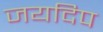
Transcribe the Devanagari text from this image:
जयदिप